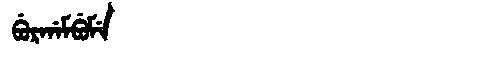
Manchu: ᠪᡠᡵᡤᠠᠮᠪᡠᠮᡝ
Romanization: BURGAMBUME